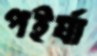
পইর্যা